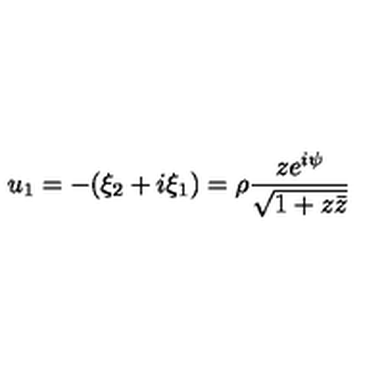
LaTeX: u _ { 1 } = - ( \xi _ { 2 } + i \xi _ { 1 } ) = \rho \frac { z e ^ { i \psi } } { \sqrt { 1 + z \bar { z } } }